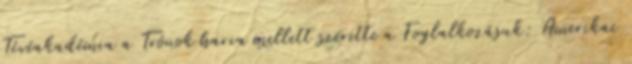
Tévéakadémia a Trónok harca mellett szerette a Foglalkozásuk: Amerikai